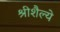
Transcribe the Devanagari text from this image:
श्रीशैल्ये